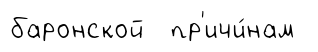
баронской пр'ичи́нам